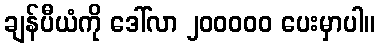
ချန်ပီယံကို ဒေါ်လာ ၂၀၀၀၀၀ ပေးမှာပါ။